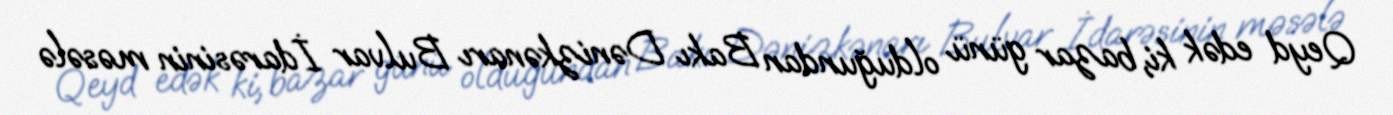
Qeyd edək ki, bazar günü olduğundan Bakı Dənizkənarı Bulvar İdarəsinin məsələ